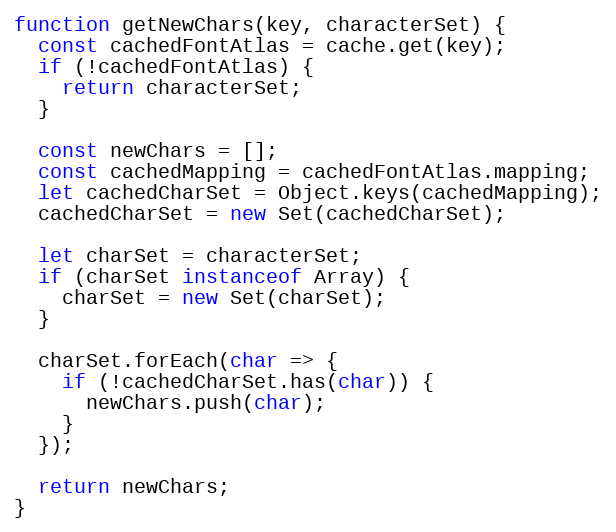
Language: JavaScript
function getNewChars(key, characterSet) {
  const cachedFontAtlas = cache.get(key);
  if (!cachedFontAtlas) {
    return characterSet;
  }

  const newChars = [];
  const cachedMapping = cachedFontAtlas.mapping;
  let cachedCharSet = Object.keys(cachedMapping);
  cachedCharSet = new Set(cachedCharSet);

  let charSet = characterSet;
  if (charSet instanceof Array) {
    charSet = new Set(charSet);
  }

  charSet.forEach(char => {
    if (!cachedCharSet.has(char)) {
      newChars.push(char);
    }
  });

  return newChars;
}